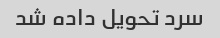
سرد تحویل داده شد